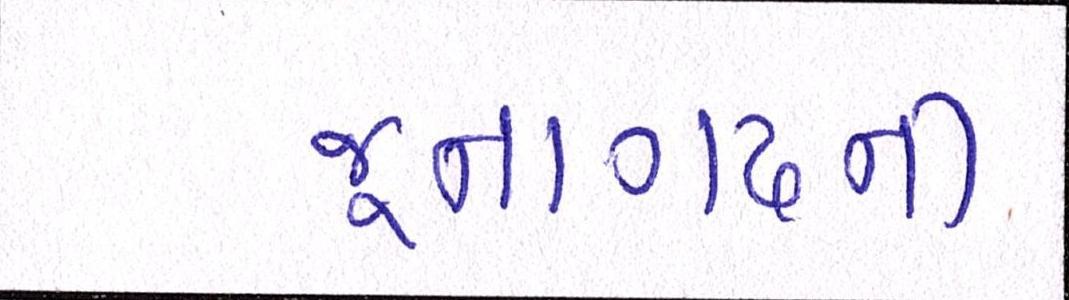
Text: જૂનાગઢની